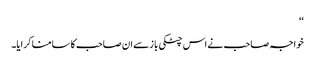
‘‘
خواجہ صاحب نے اس چٹکی باز سے ان صاحب کا سامنا کرایا۔